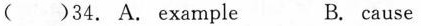
( )34. A.Example B. cause